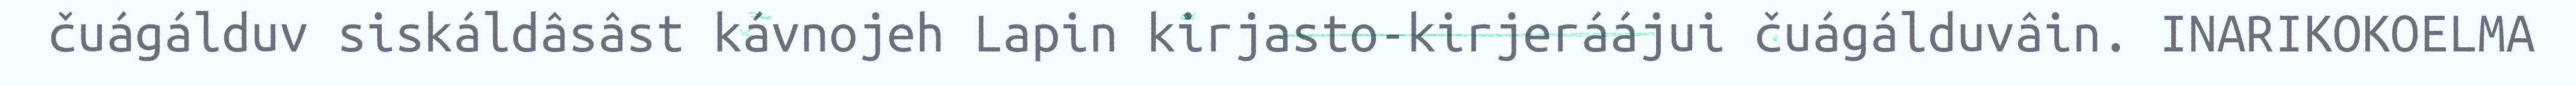
čuágálduv siskáldâsâst kávnojeh Lapin kirjasto-kirjeráájui čuágálduvâin. INARIKOKOELMA